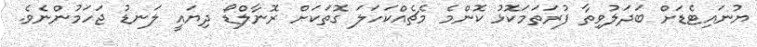
ޔުނައިޓެޑަށް ބަދަލުވިތާ ފުރަތަމަކޮޅު ކޮންމެ މެޗެއްކަހަލަ ގޮތަކަށް ރޮނާލްޑޯ ދިޔައީ ލަނޑު ޖަހަމުންނެވެ.